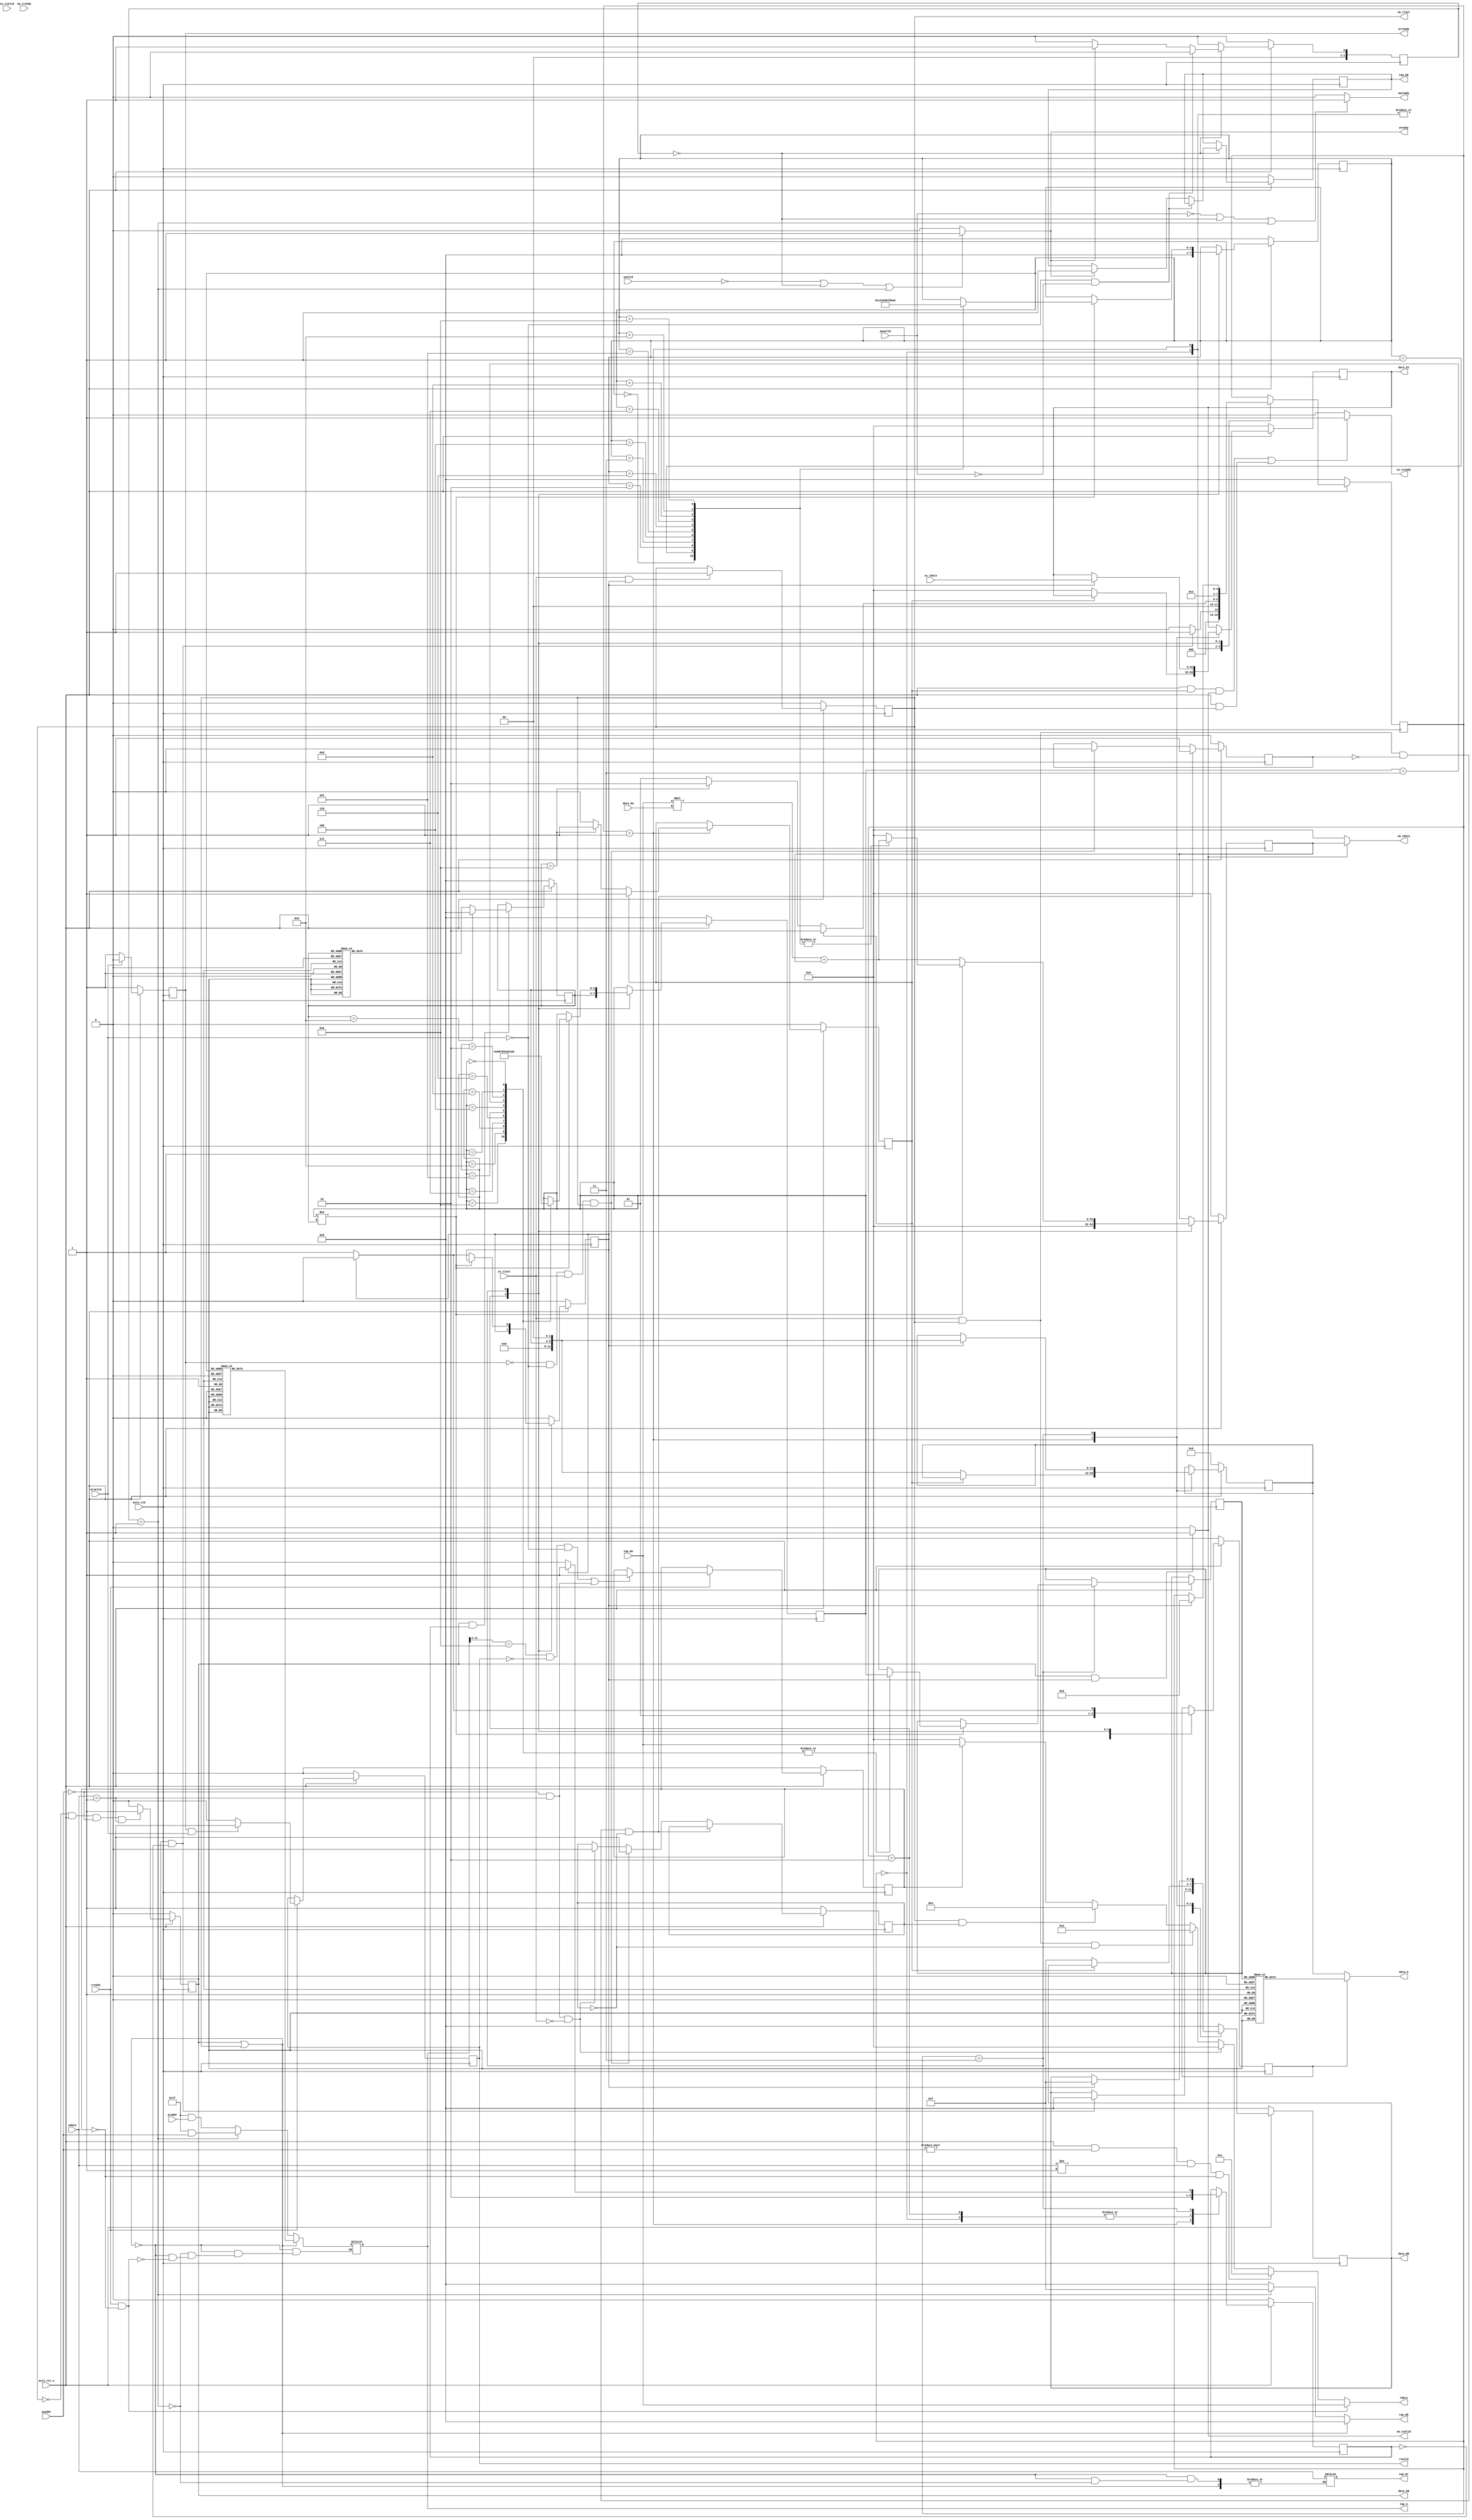
(*use_dsp = "no"*)module fir  //test github//
#(  parameter pADDR_WIDTH = 12,
    parameter pDATA_WIDTH = 32,
    parameter Tape_Num    = 11
   
)
(
    output  wire                     awready,
    output  wire                     wready,
    input   wire                     awvalid,
    input   wire [(pADDR_WIDTH-1):0] awaddr,
    input   wire                     wvalid,
    input   wire [(pDATA_WIDTH-1):0] wdata,
    
    output  wire                     arready,
    input   wire                     rready,
    input   wire                     arvalid,
    input   wire [(pADDR_WIDTH-1):0] araddr,
    output  wire                     rvalid,
    output  wire [(pDATA_WIDTH-1):0] rdata,   
     
    input   wire                     ss_tvalid, 
    input   wire [(pDATA_WIDTH-1):0] ss_tdata, 
    input   wire                     ss_tlast, 
    output  wire                     ss_tready, 
    
    input   wire                     sm_tready, 
    output  wire                     sm_tvalid, 
    output  wire [(pDATA_WIDTH-1):0] sm_tdata, 
    output  wire                     sm_tlast, 
    
    // bram for tap RAM
    output  wire [3:0]               tap_WE,
    output  wire                     tap_EN,
    output  wire [(pDATA_WIDTH-1):0] tap_Di,
    output  wire [(pADDR_WIDTH-1):0] tap_A,
    input   wire  [(pDATA_WIDTH-1):0] tap_Do,

    // bram for data RAM
    output  wire [3:0]               data_WE,
    output  wire                     data_EN,
    output  wire [(pDATA_WIDTH-1):0] data_Di,
    output  wire [(pADDR_WIDTH-1):0] data_A,
    input   wire  [(pDATA_WIDTH-1):0] data_Do,

    input   wire                     axis_clk,
    input   wire                     axis_rst_n
);

    reg 										saxi_rvalid;
	 reg                     			saxi_rready;
    reg 										saxi_wready;
    reg 										saxi_awready;
    reg 										saxi_arready;
	 reg [(pDATA_WIDTH-1):0]  			saxi_rdata;
 
    reg                     			axistream_sstready;
    reg                     			axistream_smtlast;
     
    reg                     			bram_tap_EN;
    reg [(pDATA_WIDTH-1):0] 			bram_tap_Di;
    reg [(pADDR_WIDTH-1):0] 			bram_tap_A;
    reg                     			bram_tap_complete;
    reg [3:0]               			bram_tap_WE;
    
    reg                     			bram_data_EN;
    reg [(pDATA_WIDTH-1):0] 			bram_data_Di;
    reg [(pADDR_WIDTH-1):0] 			bram_data_A;
    reg                     			bram_data_complete;
    reg [3:0]              			bram_data_WE;

    reg [2:0]               			bram_tap_counter;
    reg [2:0]               			bram_data_counter;
    
 
   
    reg [3:0]               			bram_data_block;

    wire                    			bram_data_in;
    reg                     			count_complete;
    reg signed [(pDATA_WIDTH-1):0] 	data_return;
    reg [3:0]               			count_tap,count_data;
    
    wire signed [31:0]             	data_plus;
   
    reg                        		initiall_block;
    reg [3:0] 								cal_count;
   
    reg  									done,idle;

    reg 										record;
    reg [3:0]								cal_block;
    reg 										a;
    reg 										buff_2,buff_3,buff_4;
    reg [11:0]								bram_tap_A_1;
    reg 										buff_1;
    reg [11:0]								bram_data_A_1;
    reg 										buff;

    
    assign rvalid = saxi_rvalid;
    assign rdata = saxi_rdata;
    assign arready = saxi_arready;
    
    assign wready = saxi_wready;
    assign awready = saxi_awready;
    

    assign sm_tlast = axistream_smtlast;
    
    assign tap_A = bram_tap_A;
    assign tap_Di = bram_tap_Di;
    assign tap_EN = bram_tap_EN;
    assign tap_WE = bram_tap_WE;
    
    assign data_A = {record==1'd1}?bram_data_A_1: 
                    {record==1'd0}?bram_data_A:12'd0;
    assign data_Di = bram_data_Di;
    assign data_EN = bram_data_EN;
    assign data_WE = bram_data_WE;

    assign ss_tready = {(axis_rst_n && initiall_block==1'd1&&sm_tvalid)||(axis_rst_n&&sm_tlast==1'd1)}?1'd1:1'd0;
    
	 ///use one multiplier and Adder///
    assign data_plus = tap_Do * data_Do + data_return;
	 ///----------------------------///
    
    
    assign sm_tvalid = {data_EN==1'd1&&count_complete==1'd1}?1'd1:1'd0;
    assign sm_tdata = {sm_tvalid}?data_return:32'd0;
    
    always @(posedge axis_clk)begin
        if(!axis_rst_n)begin
            bram_data_EN<=1'd0;
    
        end
        else begin
            if(sm_tlast==1'd0&&axis_rst_n&&awaddr==12'h00&&wdata==32'h01)begin
               bram_data_EN<=1'd1;
            end
            else begin
               bram_data_EN<=1'd0;
            end
        end
    end

     always @(posedge axis_clk)begin //calculate block 
        if(!axis_rst_n)begin
            count_complete<=1'd0;
            data_return<=32'd0;
            cal_count<=4'd0;
            count_tap <= 4'd0;
            axistream_smtlast<=1'd0;
            done<=1'd0;
            idle<=1'd1;
        end
        else begin
				///decide ap_idle & ap_done 1 or 0/// 
            if(ss_tlast==1'd1&&sm_tlast==1'd1&&done==1'd0&&idle==1'd0)begin
                done<=1'd1;
            end
            else if(arready==1'd0&&arvalid==1'd0&&ss_tlast==1'd1&&sm_tlast==1'd1)begin
                done<=1'd0;
                idle<=1'd1;
            end
            else if(awaddr==12'h00&&wdata==32'h01&&ss_tlast==1'd0)begin
                idle<=1'd0;
            end
            else begin
                done<=done;
            end
				///-------------------------------///
				
				///last data calculate complete detect///
            if(ss_tlast==1'd1&& count_complete==1'd1)begin
                 axistream_smtlast<=1'd1;
            end
            else begin
                axistream_smtlast<=axistream_smtlast;
            end
            ///----------------------------------///
				
				///choose convolution data block///
            case(bram_data_block)
                4'd0:begin
                    count_complete<=1'd0;
                   
                end
                4'd2:begin
                    cal_count <= cal_block;
                    data_return<=32'd0;
                    count_tap <= 4'd0; 
                end
                4'd3:begin
                    
                    if(cal_count!=cal_block)begin
                        case(cal_count)  //data_bram  
                            4'd10:begin
                                count_data<=cal_count;
                                cal_count<=4'd9;
                                
                            end
                            4'd9:begin
                                count_data<=cal_count;
                                cal_count<=4'd8;
                            end
                            4'd8:begin
                                count_data<=cal_count;
                                cal_count<=4'd7;
                            end
                            4'd7:begin
                                count_data<=cal_count;
                                cal_count<=4'd6;
                            end
                            4'd6:begin
                                count_data<=cal_count;
                                cal_count<=4'd5;
                            end
                            4'd5:begin
                                count_data<=cal_count;
                                cal_count<=4'd4;
                            end
                            4'd4:begin
                                count_data<=cal_count;
                                cal_count<=4'd3;
                            end
                            4'd3:begin
                                count_data<=cal_count;
                                cal_count<=4'd2;
                            end
                            4'd2:begin
                                count_data<=cal_count;
                                cal_count<=4'd1;
                            end
                            4'd1:begin
                                count_data<=cal_count;
                                cal_count<=4'd0;
                            end
                            4'd0:begin
                                count_data<=cal_count;
                                cal_count<=4'd10;
                            end
                            default:begin
                                cal_count<=cal_count;
                            end
                        
                        endcase
                            
                        case(count_tap)   
                            4'd0:begin
                                data_return<=data_plus;
                                count_tap<=4'd1;
                            end
                            4'd1:begin
                                data_return<=data_plus;
                                count_tap<=4'd2;
                            end
                            4'd2:begin
                                data_return<=data_plus;
                                count_tap<=4'd3;
                            end
                            4'd3:begin
                                data_return<=data_plus;
                                count_tap<=4'd4;
                            end
                            4'd4:begin
                                data_return<=data_plus;
                                count_tap<=4'd5;
                            end
                            4'd5:begin
                                data_return<=data_plus;
                                count_tap<=4'd6;
                            end
                            4'd6:begin
                                data_return<=data_plus;
                                count_tap<=4'd7;
                            end
                            4'd7:begin
                                data_return<=data_plus;
                                count_tap<=4'd8;
                            end
                            4'd8:begin
                                data_return<=data_plus;
                                count_tap<=4'd9;
                            end
                            4'd9:begin
                                data_return<=data_plus;
                                count_tap<=4'd10;
                            end
                            4'd10:begin
                                data_return<=data_plus;
                                count_tap<=4'd0;
                            end
                            
                            default:begin
                                data_return<=32'd0;
                                count_tap<=count_tap;
                            end
                        endcase
                      end
                      else begin
                          count_complete<=1'd1;
                          if(count_complete==1'd1)begin
                            count_complete<=1'd0;
                          end  
                          data_return<=data_plus;
                      end
                end
                default:begin
                    count_complete<=1'd0;
                end
            endcase
				///---------------------------------------------------------///
        end
     end
    
    
    always @(posedge axis_clk)begin
        if(!axis_rst_n)begin
            bram_data_complete<=1'd0;
            initiall_block<=1'd0;
            bram_data_WE<=4'b0000;
            bram_data_Di<=32'd0;
            bram_data_block<=4'd0;
            bram_data_A<=12'd0;
            record<=1'd0;
        
        end
        else begin
        
        
          
            case(bram_data_block)
            4'd0:begin//start state
                if(data_EN==1'd1&&bram_data_complete==1'd0)begin
                    bram_data_block<=4'd1;
                    
                    bram_data_WE<=4'b0000;
                end
                else begin
                    bram_data_block<=4'd0;
                end
                record<=1'd0;
                bram_data_complete<=1'd0;
            end
            4'd1:begin//initiall Bram data
                if(initiall_block==1'd0)begin
                    bram_data_complete<=1'd1;
						  ///write data in Bram///
                    bram_data_WE<=4'b1111;
                    bram_data_Di<=32'd0;
                    bram_data_A<=cal_block<<2;
						  ///-----------------///
                    if(cal_block==4'd10)begin
                        initiall_block<=1'd1; 
                        bram_data_block<=4'd2;
                    end
                    else begin
                        bram_data_block<=4'd1;
                    end
                end
                else begin
                    bram_data_complete<=1'd1;
                    bram_data_block<=4'd2;
                end
                record<=1'd0;
            end

            4'd2:begin//calculate_prepare (data will store in this clock)
                bram_data_block<=4'd3;
                bram_data_WE<=4'b0000;
                bram_data_complete<=1'd0;
                record<=1'd1;
            end
            4'd3:begin//calculate (convolution -> 11clock)
                if(count_complete==1'd1)begin
                    bram_data_block<=4'd2;
                    record<=1'd0;
						  ///write data in Bram///
                    bram_data_WE<=4'b1111;
                    bram_data_Di<=ss_tdata;
                    bram_data_A<=cal_block<<2;
						  ///-----------------///
						  bram_data_complete<=1'd1;
                end
                else begin
                    bram_data_block<=bram_data_block;
                    record<=1'd1;
                    bram_data_complete<=1'd0;
                end
            end
            default:begin
                bram_data_WE<=4'b0000;
            end 
            endcase
            
           
         end
     end
  
    
    always @(posedge axis_clk)begin//call block (initiall bram 11 block counter)
        if(!axis_rst_n)begin
            cal_block<=4'd0;
            buff_4<=1'd0;
        end
        else begin
            if(data_EN==1'd1&&bram_data_complete==1'd1)begin
                if(cal_block>4'd9)begin
                     cal_block<= 4'd0;
                end
                else begin
                    case(cal_block)
                    4'd0:cal_block<=4'd1;
                    4'd1:cal_block<=4'd2;
                    4'd2:cal_block<=4'd3;
                    4'd3:cal_block<=4'd4;
                    4'd4:cal_block<=4'd5;
                    4'd5:cal_block<=4'd6;
                    4'd6:cal_block<=4'd7;
                    4'd7:cal_block<=4'd8;
                    4'd8:cal_block<=4'd9;
                    4'd9:cal_block<=4'd10;
                    default:cal_block<=4'd0;
                    endcase
                end
            end
            else begin
                buff_4<=1'd1;
            end
        end
     end
  
    always @(posedge axis_clk)begin
        if(!axis_rst_n)begin
            saxi_rvalid <= 1'd0;
            saxi_arready <=1'd1;
            buff_2<=1'd0;
            bram_tap_complete <=1'd0;
            bram_tap_EN <= 1'd0;
            bram_tap_counter <= 3'd0;
            buff_3<=1'd0;
        end
        else begin
            case (bram_tap_counter)
                3'd0:begin   
                    
                    if(arvalid==1'd0&&awvalid==1'd0)begin
                        bram_tap_counter<=3'd0;
                    end
                    else if(saxi_wready==1'd1)begin
                        
                        bram_tap_counter<=3'd1;
                        bram_tap_EN <= 1'd1;
                    end
                    else begin
                        bram_tap_counter<=3'd0;
                    end
                end
                3'd1:bram_tap_counter<=3'd0;
                
                    
                default:bram_tap_counter<=3'd0;
            endcase
            
            if(rready==1'd1)begin
                if(arready==1'd1&&arvalid==1'd1)begin
                    saxi_rvalid<=1'd1;
                end
                else begin
                    saxi_rvalid<=1'd0;
                end
             
                if(bram_tap_A>>2==12'd10&&rvalid==1'd0&&arvalid==1'd0||(awaddr==12'h00&&wdata==32'h01))begin
                    bram_tap_complete <=1'd1;
                end
                else begin
                    buff_3<=1'd1;
                end
            end
            else begin
                buff_2<=1'd1;
            end
            if(arvalid==1'd1)begin
                saxi_arready <=1'd0;
            end
            else begin
                saxi_arready <=1'd1;
            end
           
        end
    end
    
   always @(*)begin ///tap bram storage
         
        if(data_EN||sm_tlast==1'd1)begin
            bram_tap_A = bram_tap_A_1;
            bram_tap_WE=4'b0000;
        end
        else begin
            if(rready==1'd1 && bram_tap_complete==1'd0)begin
                bram_tap_A={12'b0000_0111_1111 & araddr};
                bram_tap_WE=4'b0000;
            end 
            case (bram_tap_counter)
            3'd0:begin
                bram_tap_WE=4'b0000;
            end
            3'd1:begin 
                bram_tap_Di=wdata;
                bram_tap_A={12'b0000_0111_1111 & awaddr};
                bram_tap_WE=4'b1111;
            end
            default:begin
                 bram_tap_WE=4'b0000;
            end
            
        endcase
        end
        if(!wvalid || bram_tap_counter==3'd0|| bram_tap_counter==3'd1)begin
            saxi_wready=1'd1;
        end
        else begin
            saxi_wready=1'd0;
        end
        if(!awvalid || bram_tap_counter==3'd0|| bram_tap_counter==3'd1)begin
            saxi_awready=1'd1;
        end 
        else begin
            saxi_awready=1'd0;
        end
        
        
        
    end
   
        always @(*)begin//testing tap_dram
            if(rready==1'd1 && bram_tap_complete==1'd0)begin
                case(bram_tap_A>>2)
                    12'd0:saxi_rdata = tap_Do;
                    12'd1:saxi_rdata = tap_Do;
                    12'd2:saxi_rdata = tap_Do;
                    12'd3:saxi_rdata = tap_Do;
                    12'd4:saxi_rdata = tap_Do;
                    12'd5:saxi_rdata = tap_Do;
                    12'd6:saxi_rdata = tap_Do;
                    12'd7:saxi_rdata = tap_Do;
                    12'd8:saxi_rdata = tap_Do;
                    12'd9:saxi_rdata = tap_Do;
                    12'd10:saxi_rdata = tap_Do;
                    default:saxi_rdata = tap_Do;
                endcase
            end
            else if(axis_rst_n==1'd1&&awaddr!=12'h00&&wdata!=32'h01&&bram_tap_complete!=1'd1)begin
            saxi_rdata = 32'h01; 
        
            end
            else if(awaddr==12'h00&&wdata==32'h01&&ss_tlast==1'd0)begin
                saxi_rdata = 32'h00;
            end
            else if(ss_tlast==1'd1&&axistream_smtlast==1'd1&&idle==1'd0)begin
                saxi_rdata = 32'h02;
            end
            else if(axistream_smtlast==1'd1&&idle==1'd1)begin
                saxi_rdata = 32'h04;
            end
            else if(bram_tap_complete)begin
                saxi_rdata = tap_Do;
            end
            else begin
                saxi_rdata = 32'h00;
            end
        end
        
       always @(*)begin//call tap_bram
        case(count_tap)
            4'd0:bram_tap_A_1=12'd0<<2;
            4'd1:bram_tap_A_1=12'd1<<2;
            4'd2:bram_tap_A_1=12'd2<<2;
            4'd3:bram_tap_A_1=12'd3<<2;
            4'd4:bram_tap_A_1=12'd4<<2;
            4'd5:bram_tap_A_1=12'd5<<2;
            4'd6:bram_tap_A_1=12'd6<<2;
            4'd7:bram_tap_A_1=12'd7<<2;
            4'd8:bram_tap_A_1=12'd8<<2;
            4'd9:bram_tap_A_1=12'd9<<2;
            4'd10:bram_tap_A_1=12'd10<<2;
            default:bram_tap_A_1=12'd0<<2;
        endcase
        
    end
    
    always @(*)begin//call data_bram
        
        if(~axis_rst_n)begin
            bram_data_A_1=12'd0;
        end
        else begin
            buff=1'd0;
        end
			case(count_data)
				 4'd0:bram_data_A_1=12'd0<<2;
				 4'd1:bram_data_A_1=12'd1<<2;
				 4'd2:bram_data_A_1=12'd2<<2;
				 4'd3:bram_data_A_1=12'd3<<2;
				 4'd4:bram_data_A_1=12'd4<<2;
				 4'd5:bram_data_A_1=12'd5<<2;
				 4'd6:bram_data_A_1=12'd6<<2;
				 4'd7:bram_data_A_1=12'd7<<2;
				 4'd8:bram_data_A_1=12'd8<<2;
				 4'd9:bram_data_A_1=12'd9<<2;
				 4'd10:bram_data_A_1=12'd10<<2;
				 default:bram_data_A_1=12'd0<<2;
			endcase
    end
endmodule